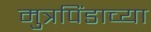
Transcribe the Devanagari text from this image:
मुत्रपिंडाच्या